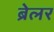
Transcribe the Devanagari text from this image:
ब्रेलर